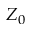
Z _ { 0 }